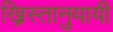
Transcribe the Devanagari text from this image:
ख्रिस्तानुयायी